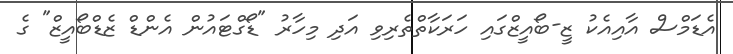
އެޑަމްސް އާއިއެކު ޒީ-ބޯއީޒްގައި ހަރަކާތްތެރިވި އަދި މިހާރު "ޑޯގްޓައުން އެންޑް ޒެޑްބޯއީޒް" ގެ